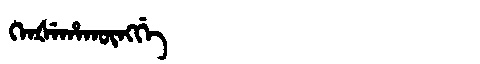
Manchu: ᡴᡝᠨᡧᡝᡥᠠᡴᡡᠩᡤᡝ
Romanization: KENŠEHAKŪNGGE